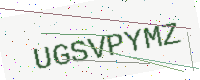
Text: UGSVPYMZ